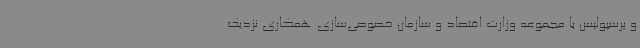
و پرسپولیس با مجموعه وزارت اقتصاد و سازمان خصوصی‌سازی همکاری نزدیک